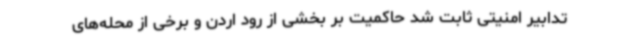
تدابیر امنیتی ثابت شد حاکمیت بر بخشی از رود اردن و برخی از محله‌های